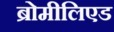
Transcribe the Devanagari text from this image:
ब्रोमीलिएड